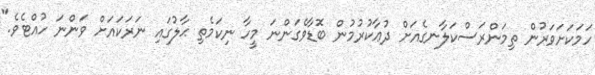
ހަމަކަށަވަރުން ތިމަންރަސްކަލާނގެއަށް ދުޢާކުރުމުން ބޮޑާވެގަންނަ މީހާ ނިކަމެތި ޙާލުގައި ނަރަކައަށް ވަންނަ ހުއްޓެވެ."